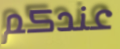
عندكم